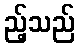
ည့်သည်